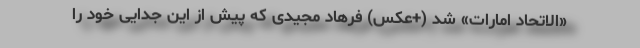
«الاتحاد امارات» شد (+عکس) فرهاد مجیدی که پیش از این جدایی خود را